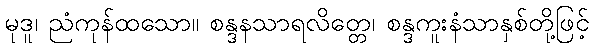
မုဒူ၊ ညံကုန်ထသော။ စန္ဒနသာရလိတ္တေ၊ စန္ဒကူးနံသာနှစ်တို့ဖြင့်